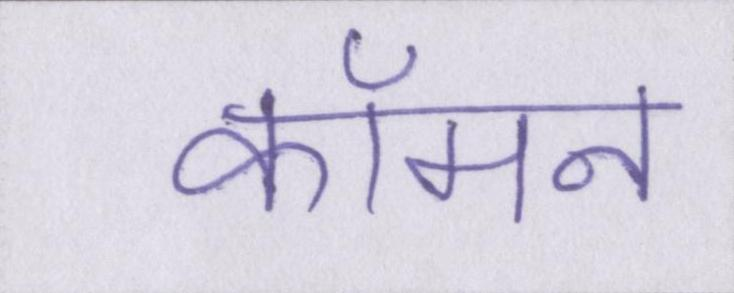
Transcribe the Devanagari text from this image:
कॉमन